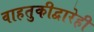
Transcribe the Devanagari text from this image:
वाहतुकीद्वारेही